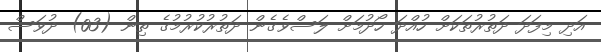
އަދި މިފަދަ ދަތުރުތަކަށް ހުއްދަ ހޯދުމަށް ލަސްވެގެން ދަތުރުކުރުމުގެ ތިން (03) ދުވަސް